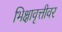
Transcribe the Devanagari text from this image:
भिक्षावृत्तीवर